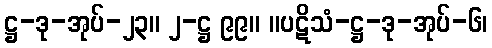
ဋ္ဌ-ဒု-အုပ်-၂၃။ ၂-ဋ္ဌ ၉၉။ ။ပဋိသံ-ဋ္ဌ-ဒု-အုပ်-၆၊